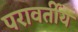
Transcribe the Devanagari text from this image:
परावर्तीय